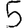
Digit: 5